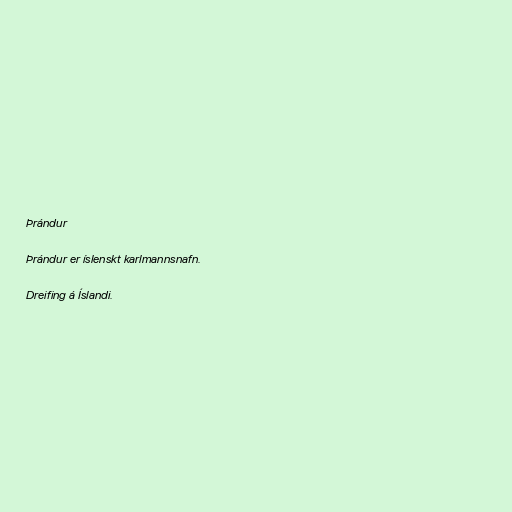
Þrándur

Þrándur er íslenskt karlmannsnafn.

Dreifing á Íslandi.